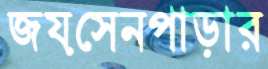
জয়সেনপাড়ার